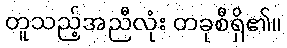
တူသည့်အညီလုံး တခုစီရှိ၏။